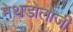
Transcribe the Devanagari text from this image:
मेथडोलोजी